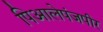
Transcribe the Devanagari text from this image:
पिआलेपंजपीर